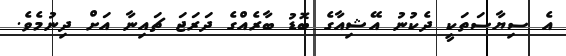
އެ ސިޔާސަތަކީ ދެކުނު އޭޝިއާގެ ބޮޑު ބާރެއްގެ ދަރަޖަ ޗައިނާ އަށް ދިނުމެވެ.